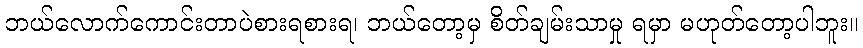
ဘယ်လောက်ကောင်းတာပဲစားရစားရ၊ ဘယ်တော့မှ စိတ်ချမ်းသာမှု ရမှာ မဟုတ်တော့ပါဘူး။